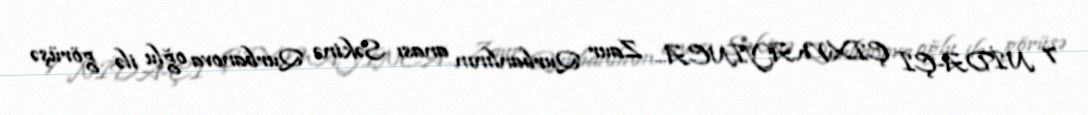
7 NİDA-ÇI ÇIXMAYINCA... Zaur Qurbanlının anası Səkinə Qurbanova oğlu ilə görüşə